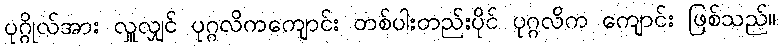
ပုဂ္ဂိုလ်အား လှူလျှင် ပုဂ္ဂလိကကျောင်း တစ်ပါးတည်းပိုင် ပုဂ္ဂလိက ကျောင်း ဖြစ်သည်။